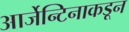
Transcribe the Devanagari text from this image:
आर्जेन्टिनाकडून